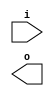
module buffer( i , o );
  input i ;
  output o ;
endmodule
module inverter( i , o );
  input i ;
  output o ;
endmodule
module top( x0 , x1 , x2 , x3 , x4 , x5 , x6 , x7 , y0 , y1 , y2 , y3 , y4 );
  input x0 , x1 , x2 , x3 , x4 , x5 , x6 , x7 ;
  output y0 , y1 , y2 , y3 , y4 ;
  wire n2 , n3 , n4 , n5 , n6 , n7 , n8 , n9 , n10 , n12 , n13 , n14 , n15 , n16 , n17 , n18 , n19 , n20 , n22 , n23 , n24 , n25 , n26 , n27 , n28 , n30 , n31 , n32 , n33 , n34 , n35 , n36 , n37 , n38 , n39 , n41 , n42 , n43 , n44 , n45 , n46 , n47 , n48 , n49 , n51 , n52 , n53 , n54 , n55 , n56 , n57 , n58 , n59 , n61 , n62 , n63 , n64 , n65 , n66 , n67 , n68 , n70 , n71 , n72 , n73 , n74 , n75 , n76 , n77 , n78 , n79 , n80 , n81 , n82 , n83 , n84 , n85 , n86 , n87 , n88 , n89 , n90 , n91 , n92 , n93 , n94 , n95 , n96 , n97 , n98 , n99 , n100 , n101 , n102 , n103 , n104 , n105 , n106 , n107 , n108 , n109 , n110 , n111 , n112 , n113 , n114 , n115 , n116 , n117 , n118 , n119 , n120 , n121 , n122 , n123 , n124 , n125 , n126 , n127 , n128 , n129 , n130 , n131 , n132 , n133 , n134 , n135 , n136 , n137 , n138 , n139 , n140 , n141 , n142 , n143 , n144 , n145 , n146 , n147 , n148 , n149 , n150 , n151 , n152 , n153 , n154 , n155 , n156 , n157 , n158 , n159 , n160 , n161 , n162 , n163 , n164 , n165 , n166 , n167 , n168 , n169 , n170 , n171 , n172 , n173 , n174 , n175 , n176 , n177 , n178 , n179 , n180 , n181 , n182 , n183 , n184 , n185 , n186 , n187 , n188 , n189 , n190 , n191 , n192 , n193 , n194 , n195 , n196 , n197 , n198 , n199 , n200 , n201 , n202 , n203 , n204 , n205 , n206 , n207 , n208 , n209 , n210 , n211 , n212 , n213 , n214 , n215 , n216 , n217 , n218 , n219 , n220 , n221 , n222 , n223 , n224 , n225 , n226 , n227 , n228 , n229 , n230 , n231 , n232 , n233 , n234 , n235 , n236 , n237 , n238 , n239 , n240 , n241 , n242 , n243 , n244 , n245 , n246 , n247 , n248 , n249 , n250 , n251 , n252 , n253 , n254 , n255 , n256 , n257 , n258 , n259 , n260 , n261 , n262 , n263 , n264 , n265 , n266 , n267 , n268 , n269 , n270 , n271 , n272 , n273 , n274 , n275 , n276 , n277 , n278 , n279 , n280 , n281 , n282 , n283 , n284 , n285 , n286 , n287 , n288 , n289 , n290 , n291 , n292 , n293 , n294 , n295 , n296 , n297 , n298 , n299 , n300 , n301 , n302 , n303 , n304 , n305 , n306 , n307 , n308 , n309 , n310 , n311 , n312 , n313 , n314 , n315 , n316 , n317 , n318 , n319 , n320 , n321 , n322 , n323 , n324 , n325 , n326 , n327 , n328 , n329 , n330 , n331 , n332 , n333 , n334 , n335 , n336 , n337 , n338 , n339 , n340 , n341 , n342 , n343 , n344 , n345 , n346 , n347 , n348 , n349 , n350 , n351 , n352 , n353 , n354 , n355 , n356 , n357 , n358 , n359 , n360 , n361 , n362 , n363 , n364 , n365 , n366 , n367 , n368 , n369 , n370 , n371 , n372 , n373 , n374 , n375 , n376 , n377 , n378 , n379 , n380 , n381 , n382 , n383 , n384 , n385 , n386 , n387 , n388 , n389 , n390 , n391 , n392 , n393 , n394 , n395 , n396 , n397 , n398 , n399 , n400 , n401 , n402 , n403 , n404 , n405 , n406 , n407 , n408 , n409 , n410 , n411 , n412 , n413 , n414 , n415 , n416 , n417 , n418 , n419 , n420 , n421 , n422 , n423 , n424 , n425 , n426 , n427 , n428 , n429 , n430 , n431 , n432 , n433 , n434 , n435 , n436 , n437 , n438 , n439 , n440 , n441 , n442 , n443 , n444 , n445 , n446 , n447 , n448 , n449 , n450 , n451 , n452 , n453 , n454 , n455 , n456 , n457 , n458 , n459 , n460 , n461 , n462 , n463 , n464 , n465 , n466 , n467 , n468 , n469 , n470 , n471 , n472 , n473 , n474 , n475 , n476 , n477 , n478 ;
  buffer buf_n22( .i (x2), .o (n22) );
  buffer buf_n61( .i (x6), .o (n61) );
  assign n78 = n22 & n61 ;
  buffer buf_n79( .i (n78), .o (n79) );
  buffer buf_n2( .i (x0), .o (n2) );
  buffer buf_n41( .i (x4), .o (n41) );
  assign n85 = n2 | n41 ;
  buffer buf_n86( .i (n85), .o (n86) );
  assign n94 = n79 & ~n86 ;
  buffer buf_n95( .i (n94), .o (n95) );
  buffer buf_n3( .i (n2), .o (n3) );
  buffer buf_n42( .i (n41), .o (n42) );
  assign n99 = n3 & n42 ;
  buffer buf_n100( .i (n99), .o (n100) );
  buffer buf_n23( .i (n22), .o (n23) );
  buffer buf_n62( .i (n61), .o (n62) );
  assign n107 = n23 | n62 ;
  buffer buf_n108( .i (n107), .o (n108) );
  assign n114 = n100 & ~n108 ;
  assign n115 = n95 | n114 ;
  buffer buf_n116( .i (n115), .o (n116) );
  buffer buf_n117( .i (n116), .o (n117) );
  buffer buf_n12( .i (x1), .o (n12) );
  buffer buf_n13( .i (n12), .o (n13) );
  buffer buf_n14( .i (n13), .o (n14) );
  buffer buf_n70( .i (x7), .o (n70) );
  buffer buf_n71( .i (n70), .o (n71) );
  buffer buf_n72( .i (n71), .o (n72) );
  assign n118 = n14 & ~n72 ;
  buffer buf_n119( .i (n118), .o (n119) );
  buffer buf_n120( .i (n119), .o (n120) );
  buffer buf_n101( .i (n100), .o (n101) );
  buffer buf_n30( .i (x3), .o (n30) );
  buffer buf_n31( .i (n30), .o (n31) );
  buffer buf_n51( .i (x5), .o (n51) );
  buffer buf_n52( .i (n51), .o (n52) );
  assign n122 = ~n31 & n52 ;
  buffer buf_n123( .i (n122), .o (n123) );
  buffer buf_n124( .i (n123), .o (n124) );
  assign n127 = ~n101 & n124 ;
  assign n128 = n120 & n127 ;
  assign n129 = n13 & n52 ;
  buffer buf_n130( .i (n129), .o (n130) );
  assign n134 = n100 & n130 ;
  buffer buf_n135( .i (n134), .o (n135) );
  buffer buf_n32( .i (n31), .o (n32) );
  assign n139 = n32 & n72 ;
  buffer buf_n140( .i (n139), .o (n140) );
  buffer buf_n141( .i (n140), .o (n141) );
  assign n143 = n135 & n141 ;
  assign n144 = n128 | n143 ;
  assign n145 = ~n117 & n144 ;
  buffer buf_n146( .i (n145), .o (n146) );
  buffer buf_n147( .i (n146), .o (n147) );
  buffer buf_n4( .i (n3), .o (n4) );
  buffer buf_n5( .i (n4), .o (n5) );
  buffer buf_n6( .i (n5), .o (n6) );
  buffer buf_n7( .i (n6), .o (n7) );
  buffer buf_n8( .i (n7), .o (n8) );
  buffer buf_n63( .i (n62), .o (n63) );
  assign n148 = n32 | n63 ;
  buffer buf_n149( .i (n148), .o (n149) );
  buffer buf_n24( .i (n23), .o (n24) );
  buffer buf_n43( .i (n42), .o (n43) );
  assign n152 = n24 & ~n43 ;
  buffer buf_n153( .i (n152), .o (n153) );
  assign n155 = n149 & n153 ;
  buffer buf_n156( .i (n155), .o (n156) );
  assign n158 = n8 & ~n156 ;
  buffer buf_n15( .i (n14), .o (n15) );
  buffer buf_n16( .i (n15), .o (n16) );
  buffer buf_n17( .i (n16), .o (n17) );
  buffer buf_n18( .i (n17), .o (n18) );
  buffer buf_n44( .i (n43), .o (n44) );
  buffer buf_n45( .i (n44), .o (n45) );
  buffer buf_n46( .i (n45), .o (n46) );
  buffer buf_n80( .i (n79), .o (n80) );
  buffer buf_n81( .i (n80), .o (n81) );
  buffer buf_n82( .i (n81), .o (n82) );
  buffer buf_n33( .i (n32), .o (n33) );
  buffer buf_n34( .i (n33), .o (n34) );
  assign n159 = ~n34 & n45 ;
  assign n160 = ( n46 & ~n82 ) | ( n46 & n159 ) | ( ~n82 & n159 ) ;
  assign n161 = n18 | n160 ;
  assign n162 = n158 & n161 ;
  buffer buf_n163( .i (n162), .o (n163) );
  buffer buf_n109( .i (n108), .o (n109) );
  buffer buf_n110( .i (n109), .o (n110) );
  buffer buf_n131( .i (n130), .o (n131) );
  buffer buf_n132( .i (n131), .o (n132) );
  assign n164 = n110 & n132 ;
  buffer buf_n165( .i (n164), .o (n165) );
  buffer buf_n166( .i (n165), .o (n166) );
  buffer buf_n96( .i (n95), .o (n96) );
  buffer buf_n97( .i (n96), .o (n97) );
  buffer buf_n98( .i (n97), .o (n98) );
  buffer buf_n53( .i (n52), .o (n53) );
  assign n167 = n14 | n53 ;
  buffer buf_n168( .i (n167), .o (n168) );
  buffer buf_n169( .i (n168), .o (n169) );
  buffer buf_n170( .i (n169), .o (n170) );
  buffer buf_n171( .i (n170), .o (n171) );
  assign n173 = ~n98 & n171 ;
  assign n174 = ~n166 & n173 ;
  assign n175 = n163 | n174 ;
  buffer buf_n54( .i (n53), .o (n54) );
  buffer buf_n55( .i (n54), .o (n55) );
  buffer buf_n56( .i (n55), .o (n56) );
  assign n176 = n56 & n82 ;
  assign n177 = n16 & n45 ;
  assign n178 = ( n46 & ~n110 ) | ( n46 & n177 ) | ( ~n110 & n177 ) ;
  assign n179 = ~n176 & n178 ;
  buffer buf_n180( .i (n179), .o (n180) );
  buffer buf_n157( .i (n156), .o (n157) );
  assign n181 = ~n17 & n56 ;
  assign n182 = n8 & n181 ;
  assign n183 = ~n157 & n182 ;
  assign n184 = n180 | n183 ;
  assign n185 = ~n146 & n184 ;
  assign n186 = ( n147 & n175 ) | ( n147 & ~n185 ) | ( n175 & ~n185 ) ;
  buffer buf_n187( .i (n186), .o (n187) );
  buffer buf_n73( .i (n72), .o (n73) );
  assign n188 = n33 | n73 ;
  assign n189 = n168 | n188 ;
  buffer buf_n190( .i (n189), .o (n190) );
  buffer buf_n191( .i (n190), .o (n191) );
  assign n193 = ( n17 & n56 ) | ( n17 & n141 ) | ( n56 & n141 ) ;
  assign n194 = n116 & ~n193 ;
  assign n195 = n43 & n53 ;
  buffer buf_n196( .i (n195), .o (n196) );
  assign n199 = ~n6 & n196 ;
  buffer buf_n64( .i (n63), .o (n64) );
  assign n200 = ( n64 & n73 ) | ( n64 & n80 ) | ( n73 & n80 ) ;
  buffer buf_n201( .i (n200), .o (n201) );
  assign n205 = n199 & ~n201 ;
  assign n206 = n190 & n205 ;
  assign n207 = ( n191 & n194 ) | ( n191 & n206 ) | ( n194 & n206 ) ;
  buffer buf_n208( .i (n207), .o (n208) );
  buffer buf_n197( .i (n196), .o (n197) );
  buffer buf_n198( .i (n197), .o (n198) );
  assign n211 = n44 & n73 ;
  buffer buf_n212( .i (n211), .o (n212) );
  assign n214 = n17 | n212 ;
  assign n215 = ( n8 & n198 ) | ( n8 & n214 ) | ( n198 & n214 ) ;
  buffer buf_n216( .i (n215), .o (n216) );
  buffer buf_n217( .i (n216), .o (n217) );
  assign n218 = ~n208 & n217 ;
  buffer buf_n219( .i (n218), .o (n219) );
  buffer buf_n220( .i (n219), .o (n220) );
  buffer buf_n136( .i (n135), .o (n136) );
  buffer buf_n137( .i (n136), .o (n137) );
  buffer buf_n138( .i (n137), .o (n138) );
  assign n221 = n138 & n216 ;
  assign n222 = ~n208 & n221 ;
  buffer buf_n223( .i (n222), .o (n223) );
  buffer buf_n224( .i (n223), .o (n224) );
  assign n225 = ( ~n187 & n220 ) | ( ~n187 & n224 ) | ( n220 & n224 ) ;
  buffer buf_n87( .i (n86), .o (n87) );
  buffer buf_n88( .i (n87), .o (n88) );
  buffer buf_n89( .i (n88), .o (n89) );
  buffer buf_n90( .i (n89), .o (n90) );
  buffer buf_n91( .i (n90), .o (n91) );
  buffer buf_n92( .i (n91), .o (n92) );
  buffer buf_n93( .i (n92), .o (n93) );
  assign n226 = n81 & n140 ;
  buffer buf_n227( .i (n226), .o (n227) );
  buffer buf_n228( .i (n227), .o (n228) );
  assign n229 = n171 & n228 ;
  assign n230 = n91 | n165 ;
  assign n231 = n229 | n230 ;
  assign n232 = ( n93 & ~n146 ) | ( n93 & n231 ) | ( ~n146 & n231 ) ;
  buffer buf_n233( .i (n232), .o (n233) );
  assign n234 = ~n219 & n233 ;
  assign n235 = ~n223 & n233 ;
  assign n236 = ( n187 & n234 ) | ( n187 & n235 ) | ( n234 & n235 ) ;
  buffer buf_n209( .i (n208), .o (n209) );
  buffer buf_n210( .i (n209), .o (n210) );
  buffer buf_n65( .i (n64), .o (n65) );
  buffer buf_n74( .i (n73), .o (n74) );
  assign n237 = n65 & ~n74 ;
  assign n238 = n169 | n237 ;
  buffer buf_n239( .i (n72), .o (n239) );
  assign n240 = n15 | n239 ;
  buffer buf_n241( .i (n240), .o (n241) );
  assign n243 = n110 & n241 ;
  buffer buf_n25( .i (n24), .o (n25) );
  assign n244 = n25 & n54 ;
  buffer buf_n245( .i (n244), .o (n245) );
  assign n247 = n241 | n245 ;
  assign n248 = ( n238 & n243 ) | ( n238 & ~n247 ) | ( n243 & ~n247 ) ;
  buffer buf_n249( .i (n248), .o (n249) );
  buffer buf_n250( .i (n249), .o (n250) );
  buffer buf_n102( .i (n101), .o (n102) );
  buffer buf_n103( .i (n102), .o (n103) );
  buffer buf_n104( .i (n103), .o (n104) );
  buffer buf_n105( .i (n104), .o (n105) );
  buffer buf_n172( .i (n171), .o (n172) );
  assign n251 = n105 & ~n172 ;
  assign n252 = n250 & n251 ;
  assign n253 = ~n131 & n168 ;
  buffer buf_n254( .i (n253), .o (n254) );
  buffer buf_n255( .i (n254), .o (n255) );
  buffer buf_n256( .i (n255), .o (n256) );
  buffer buf_n257( .i (n256), .o (n257) );
  buffer buf_n202( .i (n201), .o (n202) );
  buffer buf_n203( .i (n202), .o (n203) );
  buffer buf_n204( .i (n203), .o (n204) );
  buffer buf_n9( .i (n8), .o (n9) );
  buffer buf_n47( .i (n46), .o (n47) );
  buffer buf_n48( .i (n47), .o (n48) );
  assign n258 = ~n9 & n48 ;
  assign n259 = n204 & n258 ;
  assign n260 = n257 & n259 ;
  assign n261 = n252 | n260 ;
  assign n262 = n210 | n261 ;
  assign n263 = n187 | n262 ;
  buffer buf_n142( .i (n141), .o (n142) );
  assign n264 = n116 & ~n142 ;
  buffer buf_n265( .i (n264), .o (n265) );
  buffer buf_n266( .i (n265), .o (n266) );
  buffer buf_n267( .i (n266), .o (n267) );
  buffer buf_n268( .i (n267), .o (n268) );
  buffer buf_n192( .i (n191), .o (n192) );
  assign n269 = n192 & ~n256 ;
  buffer buf_n270( .i (n269), .o (n270) );
  buffer buf_n271( .i (n270), .o (n271) );
  buffer buf_n106( .i (n105), .o (n106) );
  assign n272 = n34 & n81 ;
  buffer buf_n273( .i (n272), .o (n273) );
  buffer buf_n274( .i (n273), .o (n274) );
  buffer buf_n275( .i (n274), .o (n275) );
  buffer buf_n276( .i (n275), .o (n276) );
  assign n277 = n106 & n276 ;
  assign n278 = ~n270 & n277 ;
  assign n279 = ( n268 & ~n271 ) | ( n268 & n278 ) | ( ~n271 & n278 ) ;
  buffer buf_n125( .i (n124), .o (n125) );
  buffer buf_n126( .i (n125), .o (n126) );
  assign n280 = ~n32 & n63 ;
  buffer buf_n281( .i (n280), .o (n281) );
  assign n284 = ( ~n65 & n149 ) | ( ~n65 & n281 ) | ( n149 & n281 ) ;
  buffer buf_n285( .i (n284), .o (n285) );
  assign n286 = n126 | n285 ;
  assign n287 = n47 & n254 ;
  assign n288 = ( n48 & ~n286 ) | ( n48 & n287 ) | ( ~n286 & n287 ) ;
  assign n289 = n13 & ~n42 ;
  buffer buf_n290( .i (n289), .o (n290) );
  buffer buf_n291( .i (n290), .o (n291) );
  buffer buf_n292( .i (n291), .o (n292) );
  buffer buf_n293( .i (n292), .o (n293) );
  buffer buf_n26( .i (n25), .o (n26) );
  buffer buf_n27( .i (n26), .o (n27) );
  buffer buf_n35( .i (n34), .o (n35) );
  assign n294 = n27 | n35 ;
  assign n295 = n293 & ~n294 ;
  buffer buf_n57( .i (n56), .o (n57) );
  buffer buf_n150( .i (n149), .o (n150) );
  buffer buf_n151( .i (n150), .o (n151) );
  assign n296 = ~n26 & n55 ;
  buffer buf_n297( .i (n296), .o (n297) );
  assign n299 = ( n57 & ~n151 ) | ( n57 & n297 ) | ( ~n151 & n297 ) ;
  buffer buf_n28( .i (n27), .o (n28) );
  assign n300 = n28 & ~n57 ;
  assign n301 = ( ~n295 & n299 ) | ( ~n295 & n300 ) | ( n299 & n300 ) ;
  assign n302 = ~n288 & n301 ;
  buffer buf_n75( .i (n74), .o (n75) );
  buffer buf_n76( .i (n75), .o (n76) );
  assign n303 = n57 & ~n76 ;
  buffer buf_n304( .i (n303), .o (n304) );
  assign n305 = n180 & n304 ;
  assign n306 = n302 | n305 ;
  assign n307 = n23 & n71 ;
  buffer buf_n308( .i (n307), .o (n308) );
  buffer buf_n309( .i (n308), .o (n309) );
  buffer buf_n310( .i (n309), .o (n310) );
  buffer buf_n311( .i (n310), .o (n311) );
  assign n312 = n46 & ~n169 ;
  assign n313 = n290 & ~n308 ;
  buffer buf_n314( .i (n313), .o (n314) );
  buffer buf_n315( .i (n314), .o (n315) );
  assign n316 = ( ~n311 & n312 ) | ( ~n311 & n315 ) | ( n312 & n315 ) ;
  assign n317 = n45 | n124 ;
  buffer buf_n318( .i (n317), .o (n318) );
  assign n320 = n202 & n318 ;
  assign n321 = n316 & n320 ;
  buffer buf_n322( .i (n321), .o (n322) );
  buffer buf_n10( .i (n9), .o (n10) );
  assign n324 = n44 & n64 ;
  buffer buf_n325( .i (n324), .o (n325) );
  assign n327 = n310 & n325 ;
  assign n328 = n254 & n327 ;
  buffer buf_n329( .i (n328), .o (n329) );
  assign n330 = n10 & ~n329 ;
  assign n331 = ~n322 & n330 ;
  assign n332 = ~n306 & n331 ;
  buffer buf_n154( .i (n153), .o (n154) );
  buffer buf_n333( .i (n16), .o (n333) );
  assign n334 = n154 | n333 ;
  buffer buf_n335( .i (n334), .o (n335) );
  buffer buf_n336( .i (n335), .o (n336) );
  buffer buf_n83( .i (n82), .o (n83) );
  assign n337 = ( n83 & ~n198 ) | ( n83 & n273 ) | ( ~n198 & n273 ) ;
  assign n338 = n335 & n337 ;
  buffer buf_n66( .i (n65), .o (n66) );
  buffer buf_n67( .i (n66), .o (n67) );
  buffer buf_n68( .i (n67), .o (n68) );
  buffer buf_n77( .i (n76), .o (n77) );
  assign n339 = ~n43 & n63 ;
  buffer buf_n340( .i (n339), .o (n340) );
  assign n344 = ~n124 & n340 ;
  buffer buf_n345( .i (n344), .o (n345) );
  buffer buf_n346( .i (n345), .o (n346) );
  assign n347 = ( n68 & n77 ) | ( n68 & n346 ) | ( n77 & n346 ) ;
  assign n348 = ( n336 & n338 ) | ( n336 & n347 ) | ( n338 & n347 ) ;
  assign n349 = n28 & ~n126 ;
  buffer buf_n121( .i (n120), .o (n121) );
  assign n350 = n47 & n121 ;
  assign n351 = ~n15 & n239 ;
  buffer buf_n352( .i (n351), .o (n352) );
  buffer buf_n353( .i (n352), .o (n353) );
  assign n355 = ~n47 & n353 ;
  assign n356 = ( n349 & n350 ) | ( n349 & n355 ) | ( n350 & n355 ) ;
  buffer buf_n357( .i (n62), .o (n357) );
  assign n358 = n24 & ~n357 ;
  buffer buf_n359( .i (n358), .o (n359) );
  buffer buf_n362( .i (n123), .o (n362) );
  assign n363 = n359 & n362 ;
  assign n364 = n314 & n363 ;
  buffer buf_n365( .i (n364), .o (n365) );
  buffer buf_n213( .i (n212), .o (n213) );
  assign n367 = n66 | n333 ;
  assign n368 = ( n67 & n213 ) | ( n67 & n367 ) | ( n213 & n367 ) ;
  assign n369 = n365 | n368 ;
  assign n370 = n356 | n369 ;
  assign n371 = ~n348 & n370 ;
  buffer buf_n111( .i (n110), .o (n111) );
  assign n372 = ~n111 & n126 ;
  assign n373 = n9 & ~n372 ;
  buffer buf_n341( .i (n340), .o (n341) );
  buffer buf_n342( .i (n341), .o (n342) );
  buffer buf_n343( .i (n342), .o (n343) );
  buffer buf_n374( .i (n55), .o (n374) );
  assign n375 = n27 | n374 ;
  assign n376 = n142 & ~n375 ;
  assign n377 = n343 & n376 ;
  assign n378 = n373 | n377 ;
  buffer buf_n49( .i (n48), .o (n49) );
  assign n379 = n111 & ~n227 ;
  assign n380 = ~n55 & n359 ;
  buffer buf_n381( .i (n380), .o (n381) );
  buffer buf_n382( .i (n381), .o (n382) );
  buffer buf_n133( .i (n132), .o (n133) );
  assign n383 = n133 | n381 ;
  assign n384 = ( ~n379 & n382 ) | ( ~n379 & n383 ) | ( n382 & n383 ) ;
  assign n385 = ~n49 & n384 ;
  assign n386 = n378 | n385 ;
  assign n387 = n371 | n386 ;
  assign n388 = ~n332 & n387 ;
  assign n389 = n279 | n388 ;
  buffer buf_n323( .i (n322), .o (n323) );
  buffer buf_n19( .i (n18), .o (n19) );
  buffer buf_n84( .i (n83), .o (n84) );
  assign n390 = ( n19 & ~n84 ) | ( n19 & n191 ) | ( ~n84 & n191 ) ;
  assign n391 = n329 | n390 ;
  assign n392 = n163 & ~n391 ;
  assign n393 = ~n323 & n392 ;
  buffer buf_n36( .i (n35), .o (n36) );
  buffer buf_n37( .i (n36), .o (n37) );
  buffer buf_n38( .i (n37), .o (n38) );
  buffer buf_n39( .i (n38), .o (n39) );
  buffer buf_n58( .i (n57), .o (n58) );
  buffer buf_n59( .i (n58), .o (n59) );
  buffer buf_n326( .i (n325), .o (n326) );
  assign n394 = n121 & ~n326 ;
  buffer buf_n360( .i (n359), .o (n360) );
  buffer buf_n361( .i (n360), .o (n361) );
  buffer buf_n395( .i (n7), .o (n395) );
  assign n396 = n361 | n395 ;
  assign n397 = ( ~n104 & n394 ) | ( ~n104 & n396 ) | ( n394 & n396 ) ;
  assign n398 = ~n59 & n397 ;
  assign n399 = n88 & ~n119 ;
  buffer buf_n400( .i (n399), .o (n400) );
  buffer buf_n401( .i (n400), .o (n401) );
  buffer buf_n402( .i (n401), .o (n402) );
  assign n403 = n37 & n343 ;
  assign n404 = n402 & n403 ;
  assign n405 = ( n39 & n398 ) | ( n39 & n404 ) | ( n398 & n404 ) ;
  assign n406 = ~n345 & n395 ;
  buffer buf_n407( .i (n406), .o (n407) );
  buffer buf_n408( .i (n407), .o (n408) );
  buffer buf_n298( .i (n297), .o (n298) );
  buffer buf_n409( .i (n44), .o (n409) );
  buffer buf_n410( .i (n409), .o (n410) );
  buffer buf_n411( .i (n410), .o (n411) );
  assign n412 = n142 & ~n411 ;
  assign n413 = n298 & n412 ;
  buffer buf_n319( .i (n318), .o (n319) );
  buffer buf_n242( .i (n241), .o (n242) );
  buffer buf_n246( .i (n245), .o (n246) );
  assign n414 = ~n242 & n246 ;
  assign n415 = ~n319 & n414 ;
  assign n416 = n413 | n415 ;
  buffer buf_n354( .i (n353), .o (n354) );
  assign n417 = ~n75 & n410 ;
  assign n418 = ( n27 & ~n75 ) | ( n27 & n410 ) | ( ~n75 & n410 ) ;
  assign n419 = ( ~n126 & n417 ) | ( ~n126 & n418 ) | ( n417 & n418 ) ;
  buffer buf_n420( .i (n26), .o (n420) );
  assign n421 = ( n75 & n333 ) | ( n75 & ~n420 ) | ( n333 & ~n420 ) ;
  buffer buf_n422( .i (n125), .o (n422) );
  assign n423 = ( n242 & n421 ) | ( n242 & n422 ) | ( n421 & n422 ) ;
  assign n424 = ( n354 & n419 ) | ( n354 & n423 ) | ( n419 & n423 ) ;
  assign n425 = ~n407 & n424 ;
  assign n426 = ( ~n408 & n416 ) | ( ~n408 & n425 ) | ( n416 & n425 ) ;
  assign n427 = n405 | n426 ;
  assign n428 = n393 | n427 ;
  assign n429 = n7 & n212 ;
  buffer buf_n430( .i (n74), .o (n430) );
  assign n431 = n89 | n430 ;
  assign n432 = ~n429 & n431 ;
  buffer buf_n433( .i (n432), .o (n433) );
  buffer buf_n434( .i (n433), .o (n434) );
  buffer buf_n20( .i (n19), .o (n20) );
  buffer buf_n282( .i (n281), .o (n282) );
  buffer buf_n283( .i (n282), .o (n283) );
  assign n435 = n283 & n297 ;
  assign n436 = n274 | n435 ;
  assign n437 = n20 & n436 ;
  assign n438 = n36 & ~n111 ;
  assign n439 = ~n171 & n438 ;
  assign n440 = ~n433 & n439 ;
  assign n441 = ( ~n434 & n437 ) | ( ~n434 & n440 ) | ( n437 & n440 ) ;
  buffer buf_n366( .i (n365), .o (n366) );
  assign n442 = ~n36 & n213 ;
  assign n443 = n382 & n442 ;
  assign n444 = n366 | n443 ;
  buffer buf_n445( .i (n374), .o (n445) );
  assign n446 = n103 & ~n445 ;
  assign n447 = ~n76 & n170 ;
  assign n448 = ( n354 & ~n446 ) | ( n354 & n447 ) | ( ~n446 & n447 ) ;
  assign n449 = ~n374 & n430 ;
  buffer buf_n450( .i (n449), .o (n450) );
  assign n453 = n285 & ~n400 ;
  assign n454 = ( n28 & ~n76 ) | ( n28 & n445 ) | ( ~n76 & n445 ) ;
  assign n455 = ( n450 & n453 ) | ( n450 & n454 ) | ( n453 & n454 ) ;
  assign n456 = ~n448 & n455 ;
  assign n457 = n444 | n456 ;
  assign n458 = n441 | n457 ;
  assign n459 = n38 & n249 ;
  assign n460 = ( ~n19 & n37 ) | ( ~n19 & n104 ) | ( n37 & n104 ) ;
  assign n461 = n249 | n460 ;
  assign n462 = ( n106 & n459 ) | ( n106 & ~n461 ) | ( n459 & ~n461 ) ;
  buffer buf_n451( .i (n450), .o (n451) );
  buffer buf_n452( .i (n451), .o (n452) );
  assign n463 = n352 | n420 ;
  assign n464 = n65 | n409 ;
  assign n465 = ( ~n120 & n410 ) | ( ~n120 & n464 ) | ( n410 & n464 ) ;
  assign n466 = ~n16 & n26 ;
  assign n467 = ( ~n212 & n420 ) | ( ~n212 & n466 ) | ( n420 & n466 ) ;
  assign n468 = ( ~n463 & n465 ) | ( ~n463 & n467 ) | ( n465 & n467 ) ;
  assign n469 = n395 & n422 ;
  assign n470 = ~n468 & n469 ;
  buffer buf_n471( .i (n470), .o (n471) );
  assign n472 = n452 | n471 ;
  buffer buf_n112( .i (n111), .o (n112) );
  buffer buf_n113( .i (n112), .o (n113) );
  assign n473 = ( n19 & ~n58 ) | ( n19 & n77 ) | ( ~n58 & n77 ) ;
  assign n474 = ( n113 & n304 ) | ( n113 & ~n473 ) | ( n304 & ~n473 ) ;
  assign n475 = n471 | n474 ;
  assign n476 = ( n462 & n472 ) | ( n462 & n475 ) | ( n472 & n475 ) ;
  assign n477 = n458 | n476 ;
  assign n478 = n428 | n477 ;
  assign y0 = n225 ;
  assign y1 = n236 ;
  assign y2 = n263 ;
  assign y3 = n389 ;
  assign y4 = n478 ;
endmodule